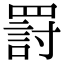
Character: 罸